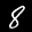
Label: 8